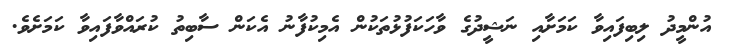
އުންމީދު ލިބިފައިވާ ކަމަށާއި ނަޝީދުގެ ވާހަކަފުޅުތަކުން އެމިކުފާނު އެކަން ސާބިތު ކުރައްވާފައިވާ ކަމަށެވެ.